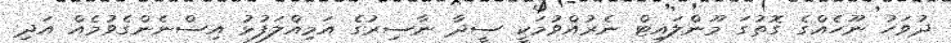
ދުވަހު ނޫހެއްގެ ގޮތުގަ މޫންލައިޓް ނެރުއްވުމަކީ ސީދާ ނާސިރުގެ އަމިއްލަފުޅު އިސްނެންގެވުމެއް އަދި